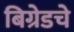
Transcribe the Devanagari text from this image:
बिग्रेडचे